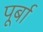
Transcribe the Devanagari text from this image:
पूर्बा